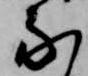
な